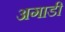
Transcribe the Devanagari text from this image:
अगाडी